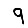
Digit: 9